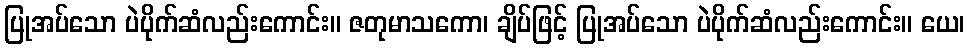
ပြုအပ်သော ပဲပိုက်ဆံလည်းကောင်း။ ဇတုမာသကော၊ ချိပ်ဖြင့် ပြုအပ်သော ပဲပိုက်ဆံလည်းကောင်း။ ယေ၊